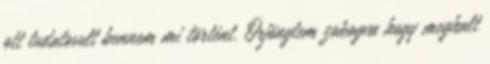
ott tudatosult bennem mi történt. Örjöngtem zokogva hogy meghalt